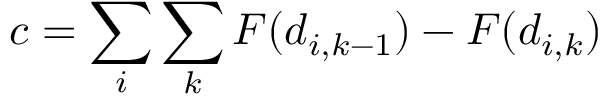
c = \sum _ { i } \sum _ { k } F ( d _ { i , k - 1 } ) - F ( d _ { i , k } )